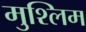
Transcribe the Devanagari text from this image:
मुश्लिम